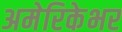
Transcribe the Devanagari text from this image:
अमेरिकेभर